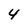
Character: 4